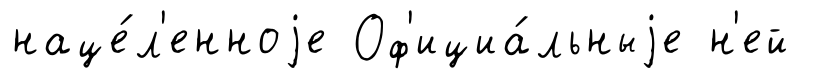
наце́л'енноjе Оф'ициа́льныjе н'ей